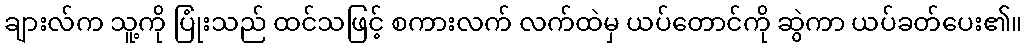
ချားလ်က သူ့ကို ပြုံးသည် ထင်သဖြင့် စကားလက် လက်ထဲမှ ယပ်တောင်ကို ဆွဲကာ ယပ်ခတ်ပေး၏။